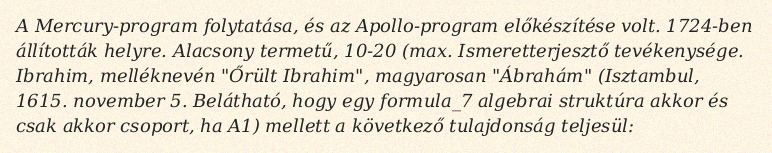
A Mercury-program folytatása, és az Apollo-program előkészítése volt. 1724-ben állították helyre. Alacsony termetű, 10-20 (max. Ismeretterjesztő tevékenysége. Ibrahim, melléknevén "Őrült Ibrahim", magyarosan "Ábrahám" (Isztambul, 1615. november 5. Belátható, hogy egy formula_7 algebrai struktúra akkor és csak akkor csoport, ha A1) mellett a következő tulajdonság teljesül: